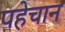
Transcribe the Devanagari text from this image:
पहेचान